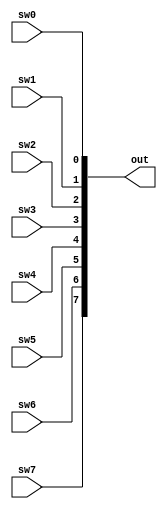
module in_port (
	sw7,sw6,sw5,sw4,sw3,sw2,sw1,sw0,out
);

	input sw7,sw6,sw5,sw4,sw3,sw2,sw1,sw0;
	output [31:0] out;

	assign out[7] = sw7;
	assign out[6] = sw6;
	assign out[5] = sw5;
	assign out[4] = sw4;
	assign out[3] = sw3;
	assign out[2] = sw2;
	assign out[1] = sw1;
	assign out[0] = sw0;
	
endmodule